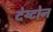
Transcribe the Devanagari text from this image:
देय्टोन